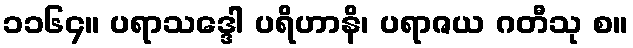
၁၁၆၄။ ပရာသဒ္ဒေါ ပရိဟာနိ၊ ပရာဇယ ဂတီသု စ။